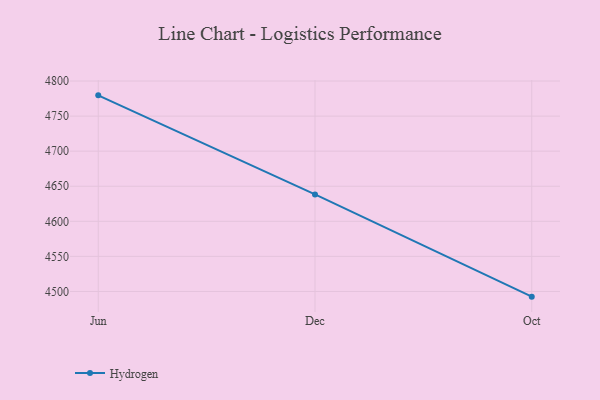
{"axis": {"x": "Month", "y": "Tickets Resolved"}, "legend": ["Hydrogen"], "data": [{"x": "Jun", "y": 4779.6, "type": "Hydrogen"}, {"x": "Dec", "y": 4638.4, "type": "Hydrogen"}, {"x": "Oct", "y": 4492.6, "type": "Hydrogen"}]}